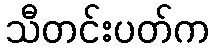
သီတင်းပတ်က